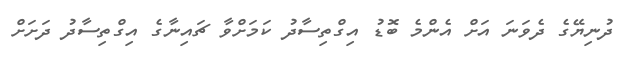
ދުނިޔޭގެ ދެވަނަ އަށް އެންމެ ބޮޑު އިގްތިސާދު ކަމަށްވާ ޗައިނާގެ އިގްތިސާދު ދަށަށް